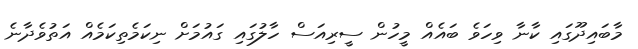
މާބައިދޫގައި ކާނާ ވިހަވެ ބައެއް މީހުން ސީރިއަސް ހާލުގައި ގައުމަށް ނިކަމެތިކަމެއް އަތުވެދާނެ